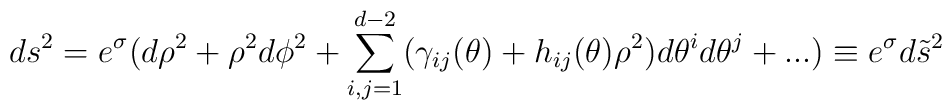
ds^2=e^{\sigma}(d\rho^2+\rho^2d\phi^2  +\sum_{i,j=1}^{d-2}(\gamma_{ij}(\theta)+h_{ij}(\theta)\rho^2)d\theta^id\theta^j + ...)\equiv e^{\sigma}d\tilde{s}^2